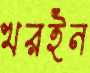
খরইন